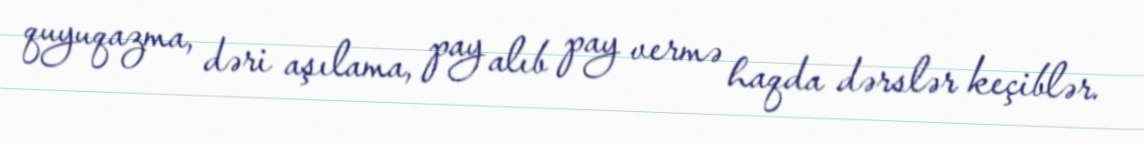
quyuqazma, dəri aşılama, pay alıb pay vermə haqda dərslər keçiblər.